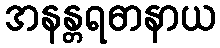
အနန္တရဓာနာယ